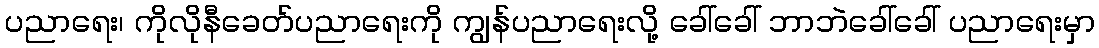
ပညာရေး၊ ကိုလိုနီခေတ်ပညာရေးကို ကျွန်ပညာရေးလို့ ခေါ်ခေါ် ဘာဘဲခေါ်ခေါ် ပညာရေးမှာ